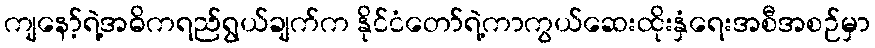
ကျနော့်ရဲ့အဓိကရည်ရွယ်ချက်က နိုင်ငံတော်ရဲ့ကာကွယ်ဆေးထိုးနှံရေးအစီအစဉ်မှာ